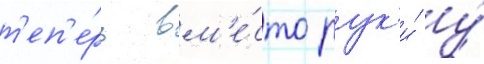
т'еп'е́рь вм'е́сто рук'и́ у́